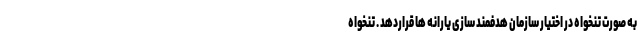
به صورت تنخواه در اختیار سازمان هدفمند سازی یارانه ها قراردهد . تنخواه